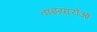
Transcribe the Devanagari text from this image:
ताइयारोआ